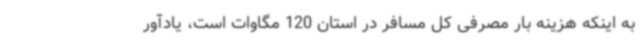
به اینکه هزینه بار مصرفی کل مسافر در استان 120 مگاوات است، یادآور